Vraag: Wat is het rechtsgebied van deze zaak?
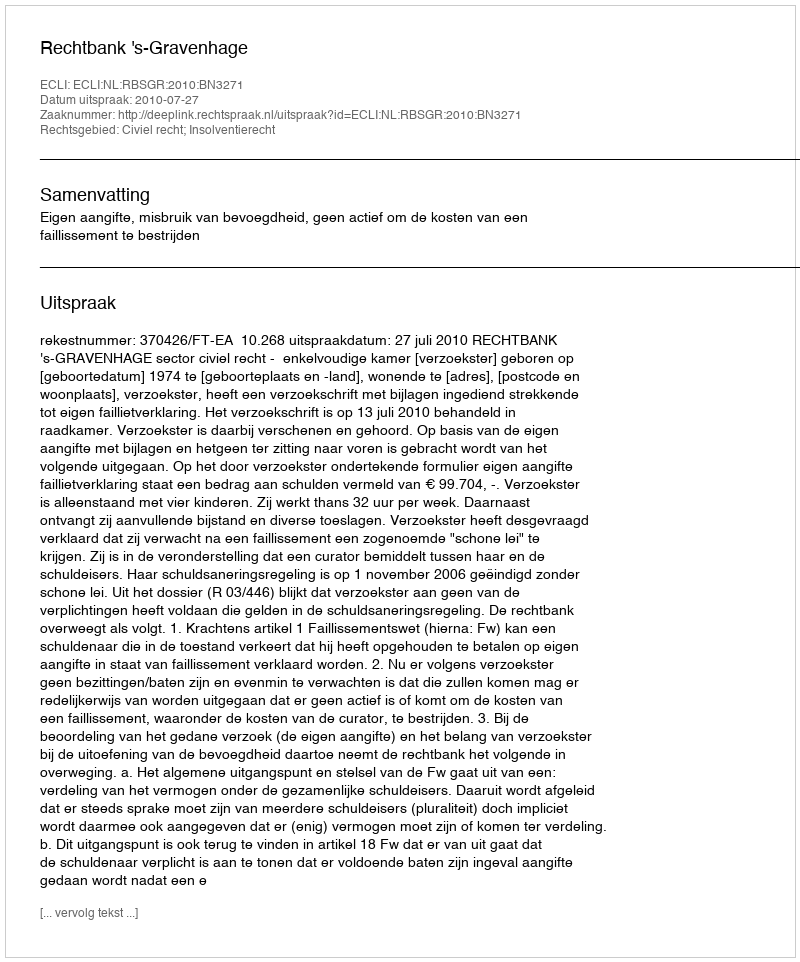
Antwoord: Civiel recht; Insolventierecht